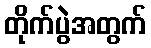
တိုက်ပွဲအတွက်